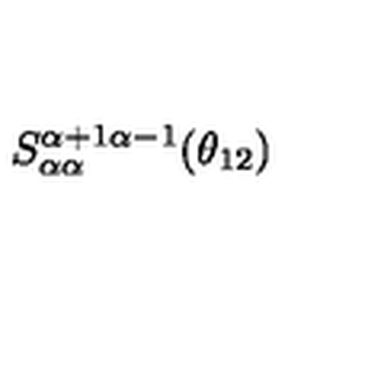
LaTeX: S _ { \alpha \alpha } ^ { \alpha + 1 \alpha - 1 } ( \theta _ { 1 2 } )